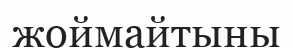
жоймайтыны